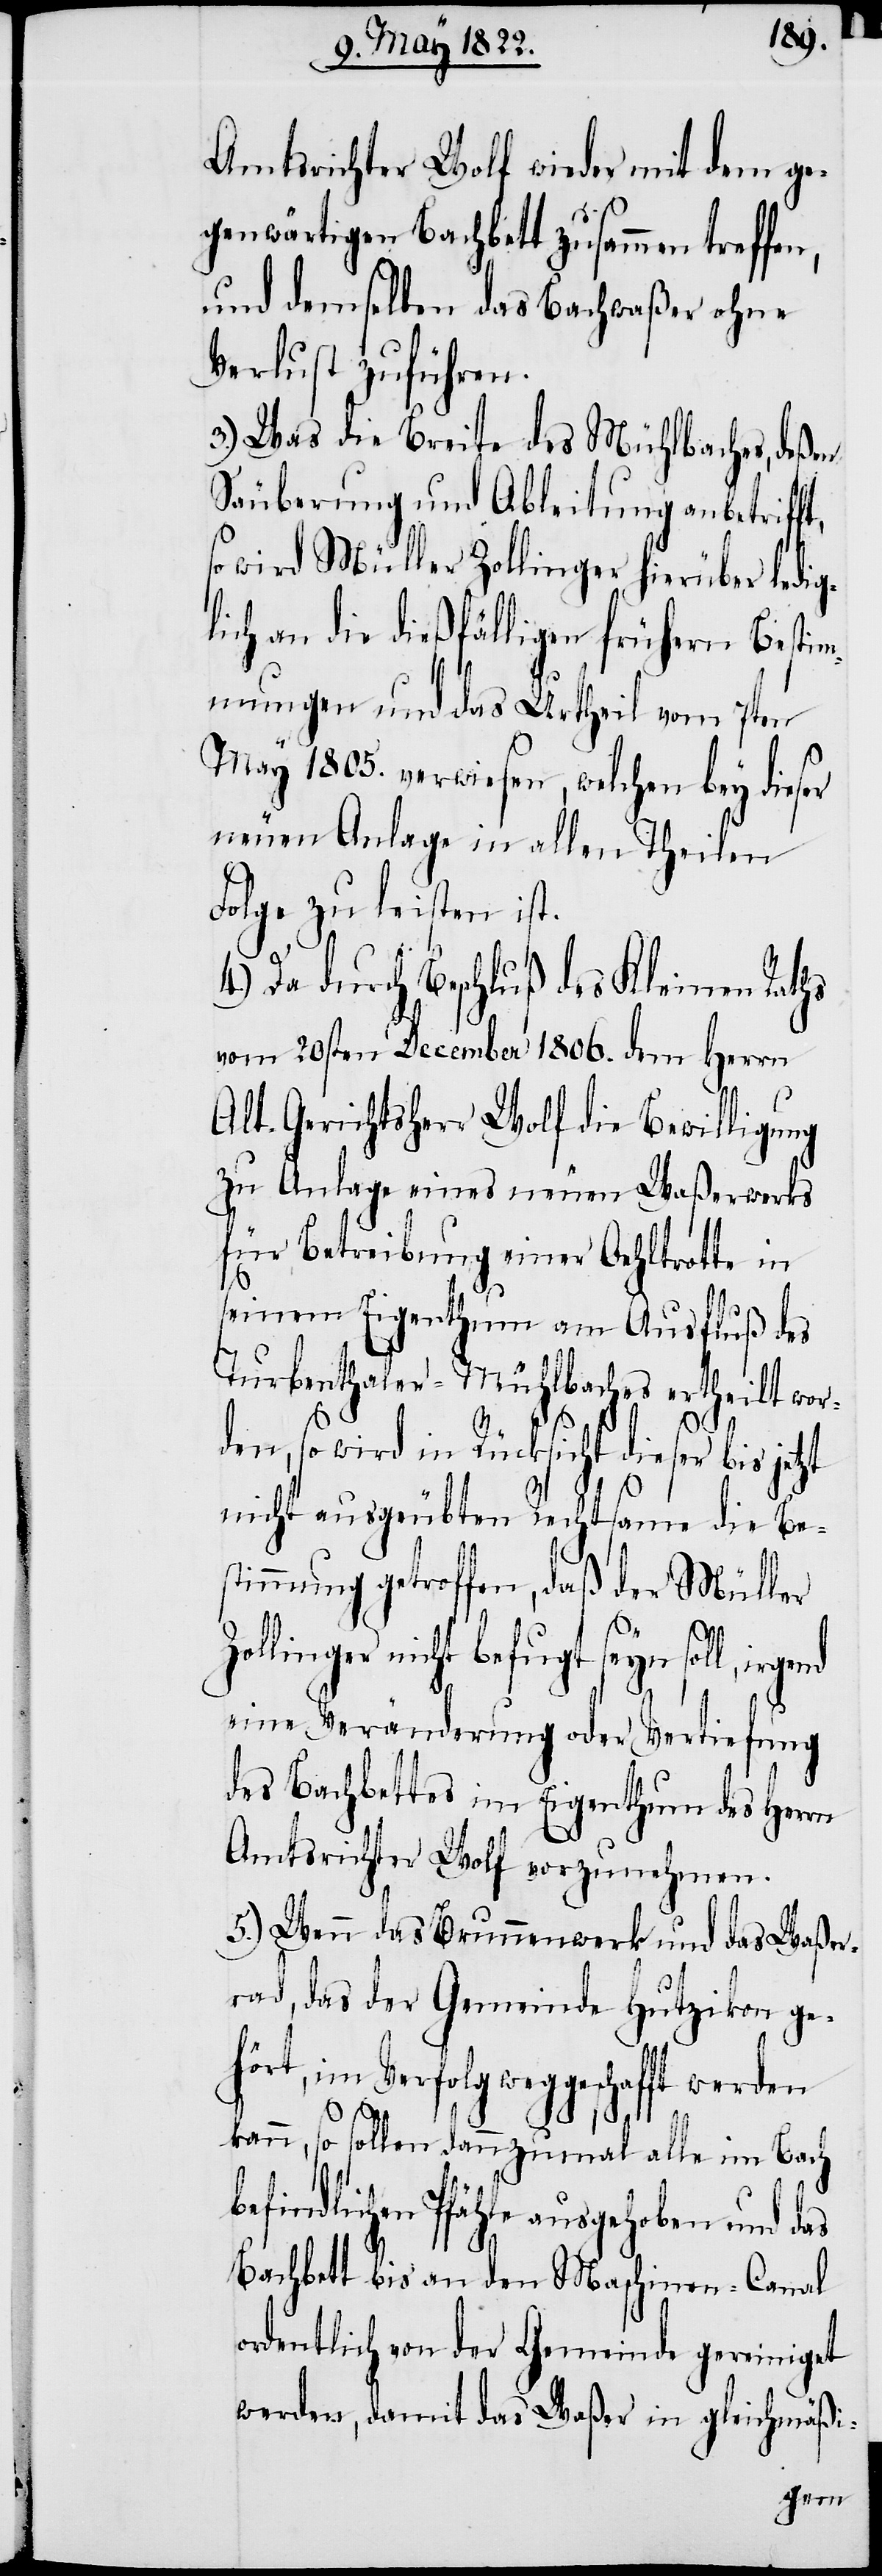
Amtsrichter Wolf wieder mit dem ge¬
genwärtigen Bachbett zusammen tref¬
und demselben das Bachwaßer ohne
Verlust zuführen.
3.) Was die Breite des Mühlbaches, deßen
Säuberung und Ableitung anbetriff¬
so wird Müller Zollinger hierüber ledig¬
lich an die dießfälligen frühern Besti¬
mmungen und das Urtheil vom 7ten
May 1805. verwiesen, welchen bey dieser
neuen Anlage in allen Theilen
Folge zu leisten ist.
4.) Da durch Beschluß des Kleinen Raths
vom 20sten December 1806. dem Herrn
Alt-Gerichtsherr Wolf die Bewilligung
zu Anlage eines neuen Waßerwerks
für Betreibung einer Oehltrotte in
seinem Eigenthum am Ausfluß des
Turbenthaler-Mühlbaches ertheilt wor¬
den, so wird in Rücksicht dieser bis jet¬
nicht ausgeübten Rechtsame die Bes¬
timmung getroffen, daß der Müller
zt
Zollinger nicht befugt seyn soll, ir¬
eine Veränderung oder Vertiefung
des Bachbettes im Eigenthum des Herrn
Amtsrichter Wolf vorzunehmen.
5.) Wenn das Brunnenwerk und das Waßer¬
rad, das der Gemeinde Hutzikon ge¬
hört, im Verfolg weggeschafft werden
kann, so sollen dannzumahl alle im Bach
befindlichen Pfähle ausgehoben und das
Bachbett bis an den Maschinen-Canal
ordentlich von der Gemeinde gereinigt
werden, damit das Waßer in gleichmäßi-
gend